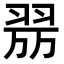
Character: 𦐟